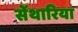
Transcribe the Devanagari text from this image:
सेंथारिया